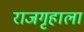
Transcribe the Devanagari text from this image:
राजगृहाला